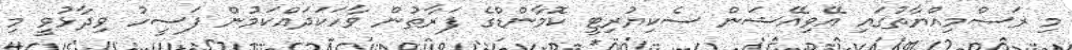
މި ރަސްމިއްޔާތުގައި އޭވިއޭޝަން ސެކިޔުރިޓީ ކޮމާންޑްގެ ފަރާތުން ވާހަކަދައްކަމުން ފަސީހު ވިދާޅުވީ މި